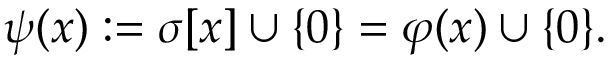
\psi ( x ) : = \sigma [ x ] \cup \{ 0 \} = \varphi ( x ) \cup \{ 0 \} .